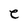
Character: e